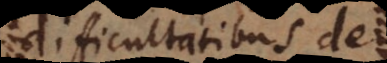
difficultatibus de